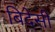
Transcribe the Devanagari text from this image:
बिदेसी